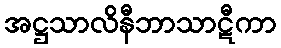
အဋ္ဌသာလိနီဘာသာဋီကာ